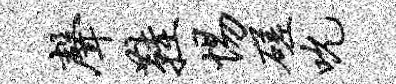
声鞋惕磋吮